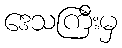
ဒေသကြီးမှ